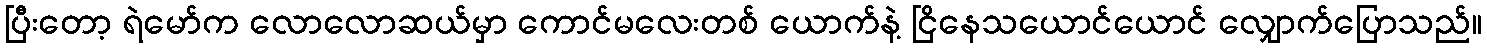
ပြီးတော့ ရဲမော်က လောလောဆယ်မှာ ကောင်မလေးတစ် ယောက်နဲ့ ငြိနေသယောင်ယောင် လျှောက်ပြောသည်။